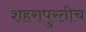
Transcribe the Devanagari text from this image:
शहरापुरतीच